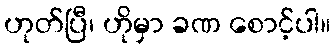
ဟုတ်ပြီ၊ ဟိုမှာ ခဏ စောင့်ပါ။